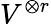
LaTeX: V^{\otimes r}